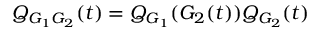
Q _ { G _ { 1 } G _ { 2 } } ( t ) = Q _ { G _ { 1 } } ( G _ { 2 } ( t ) ) Q _ { G _ { 2 } } ( t )